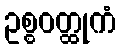
ဥစ္စဝတ္ထုကံ